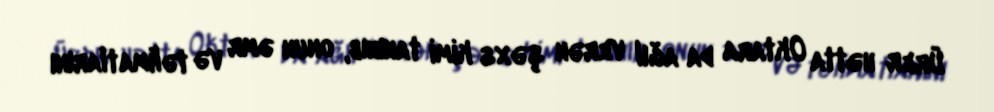
Ürer hətta Oktara da ağıl verən şəxs kimi tanınıb, onun əmr və təlimatlarını